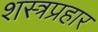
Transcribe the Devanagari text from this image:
शस्त्रप्रहार